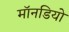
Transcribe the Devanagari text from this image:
मॉनडियो